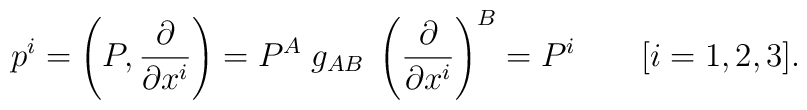
p^i  =  \left(P,{\partial\over\partial x^i}\right) =  P^A \; g_{AB} \; \left({\partial\over\partial x^i}\right)^B  =  P^i \qquad [i=1,2,3].